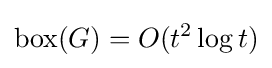
\operatorname {box} (G)=O(t^{2}\log t)